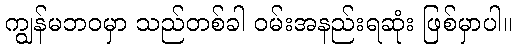
ကျွန်မဘဝမှာ သည်တစ်ခါ ဝမ်းအနည်းရဆုံး ဖြစ်မှာပါ။